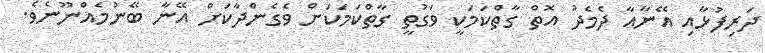
ދަރިފުޅާއި އޭނާއާ ދެމެދު އޮތް ގާތްކަމަކީ ވަގުތީ ގާތްކަމަކަށް ވެގެންދާކަށް އޭނާ ބޭނުމެއްނޫނެވެ.